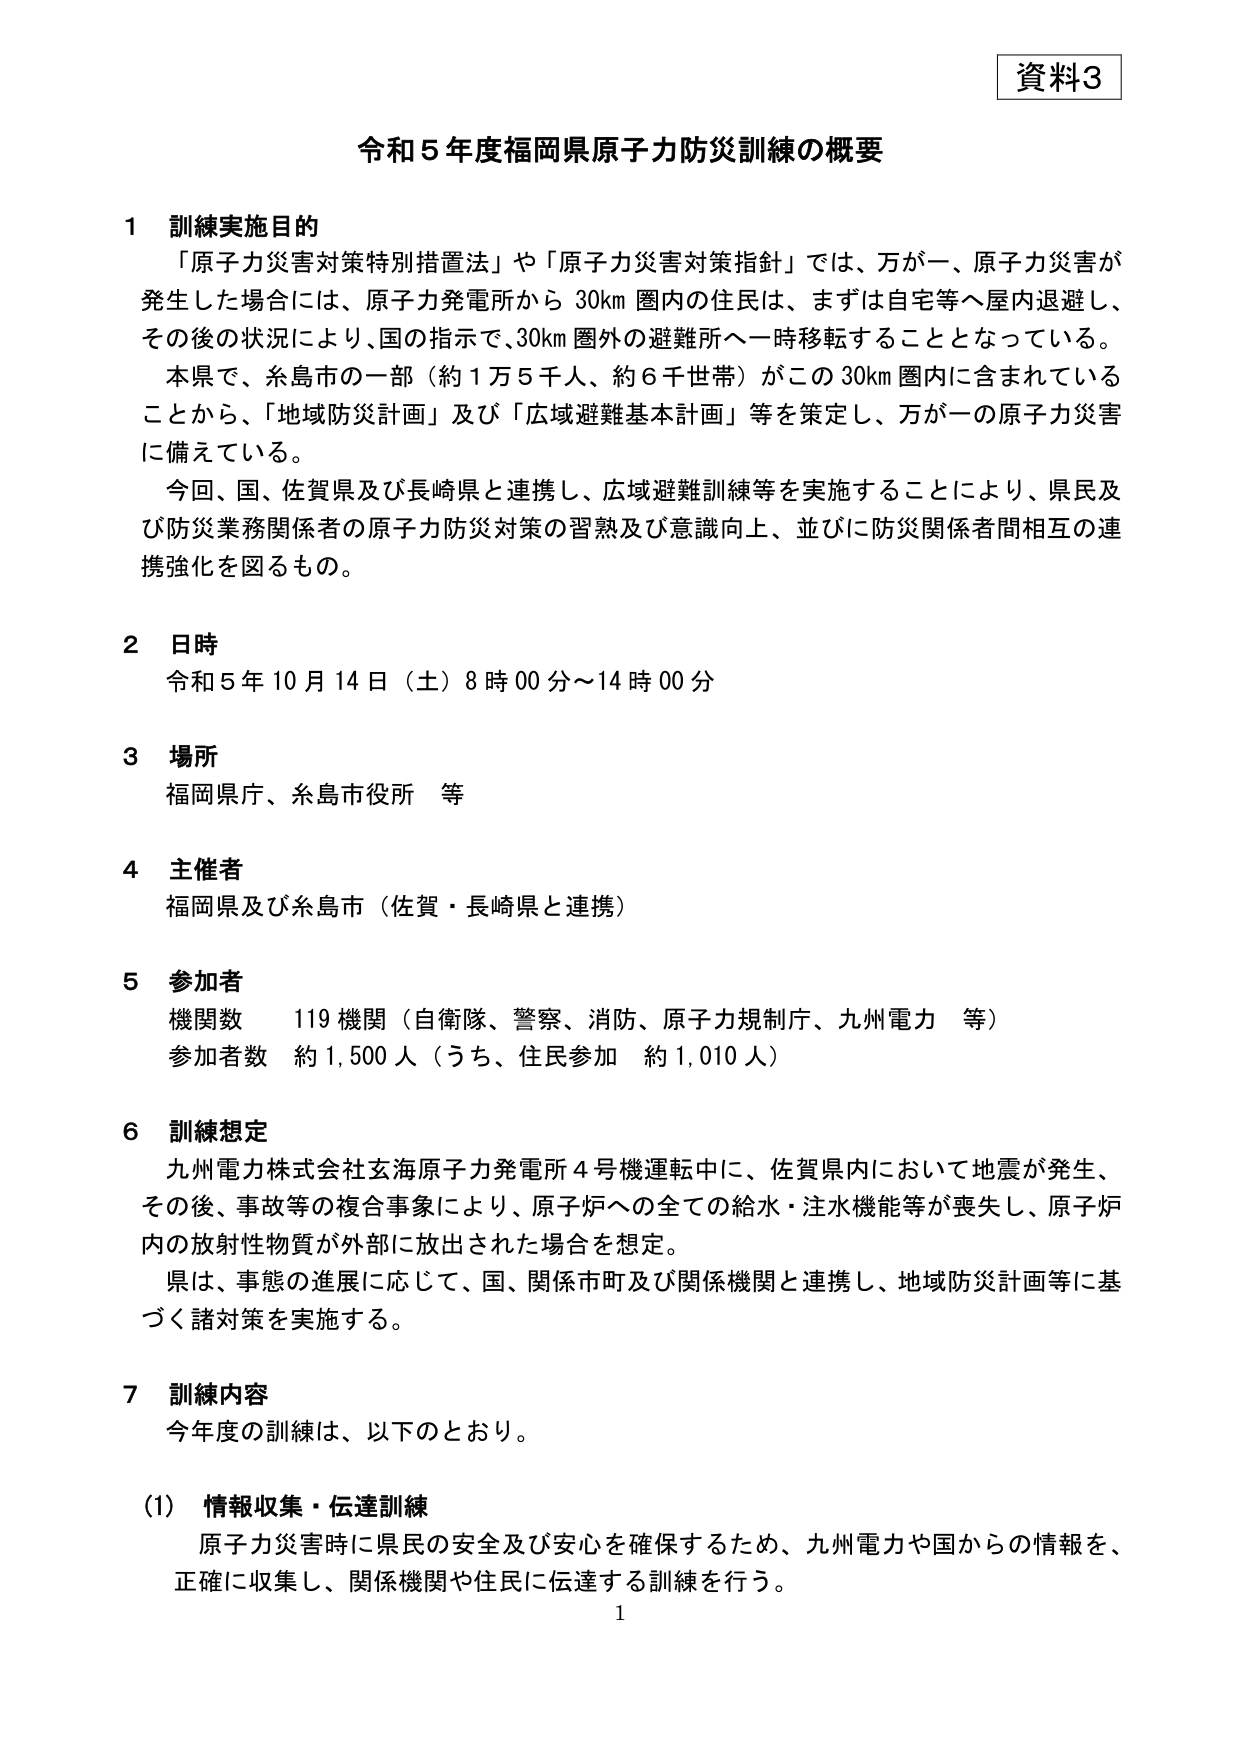
資料3

令和5年度福岡県原子力防災訓練の概要

1 訓練実施目的
「原子力災害対策特別措置法」や「原子力災害対策指針」では、万が一、原子力災害が発生した場合には、原子力発電所から30km圏内の住民は、まずは自宅等へ屋内退避し、その後の状況により、国の指示で、30km圏外の避難所へ一時移転することとなっている。
本県で、糸島市の一部（約1万5千人、約6千世帯）がこの30km圏内に含まれていることから、「地域防災計画」及び「広域避難基本計画」等を策定し、万が一の原子力災害に備えている。
今回、国、佐賀県及び長崎県と連携し、広域避難訓練等を実施することにより、県民及び防災業務関係者の原子力防災対策の習熟及び意識向上、並びに防災関係者間相互の連携強化を図るもの。

2 日時
令和5年10月14日（土）8時00分～14時00分

3 場所
福岡県庁、糸島市役所 等

4 主催者
福岡県及び糸島市（佐賀・長崎県と連携）

5 参加者
機関数 119機関（自衛隊、警察、消防、原子力規制庁、九州電力 等）
参加者数 約1,500人（うち、住民参加 約1,010人）

6 訓練想定
九州電力株式会社玄海原子力発電所4号機運転中に、佐賀県内において地震が発生、その後、事故等の複合事象により、原子炉への全ての給水・注水機能等が喪失し、原子炉内の放射性物質が外部に放出された場合を想定。
県は、事態の進展に応じて、国、関係市町及び関係機関と連携し、地域防災計画等に基づく諸対策を実施する。

7 訓練内容
今年度の訓練は、以下のとおり。

(1) 情報収集・伝達訓練
原子力災害時に県民の安全及び安心を確保するため、九州電力や国からの情報を、正確に収集し、関係機関や住民に伝達する訓練を行う。

1